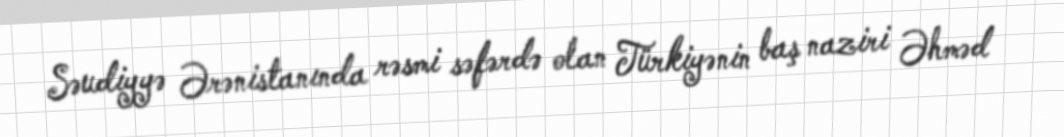
Səudiyyə Ərənistanında rəsmi səfərdə olan Türkiyənin baş naziri Əhməd